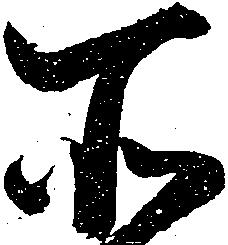
所